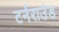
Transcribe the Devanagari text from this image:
टर्नराउंड